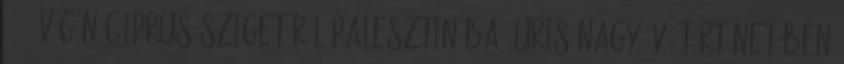
1946 végén Ciprus szigetéről Palesztinába. Uris nagy ívű történetében